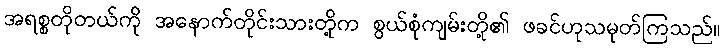
အရစ္စတိုတယ်ကို အနောက်တိုင်းသားတို့က စွယ်စုံကျမ်းတို့၏ ဖခင်ဟုသမုတ်ကြသည်။